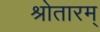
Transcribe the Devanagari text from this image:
श्रोतारम्